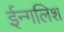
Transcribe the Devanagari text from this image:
ईन्गलिश